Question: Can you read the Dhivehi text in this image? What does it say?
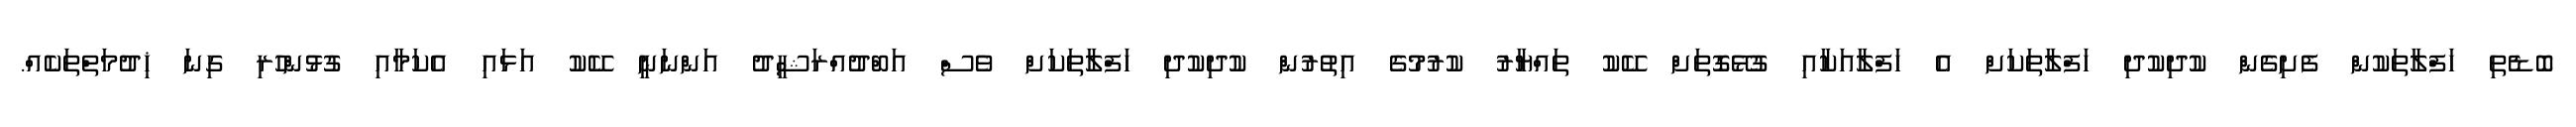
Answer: ބޮޑެތި ހަފްލާތަކުން ފެށިގެން ކުދިކުދި ހަފްލާތަކަށް އެ ހަފްލާއަކާއި ގުޅޭގޮތަށް ކޭކު ތައްޔާރު ކުރުމުގެ އިތުރުން ކުދިކުދި ހަފްލާތަކަށް ވެސް އަބްދުއްރަޝީދު އަންނަނީ ކޭކު އަޅައި އެކަމާއި ގުޅުންހުރި ގިނަ ޚިދުމަތްތަކެއް.